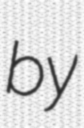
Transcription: by